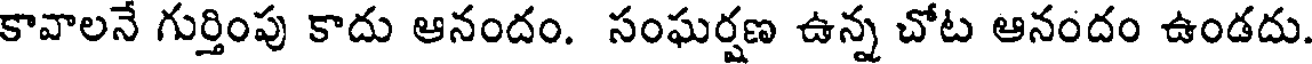
కావాలనే గుర్తింపు కాదు ఆనందం. సంఘర్షణ ఉన్న చోట ఆనందం ఉండదు.